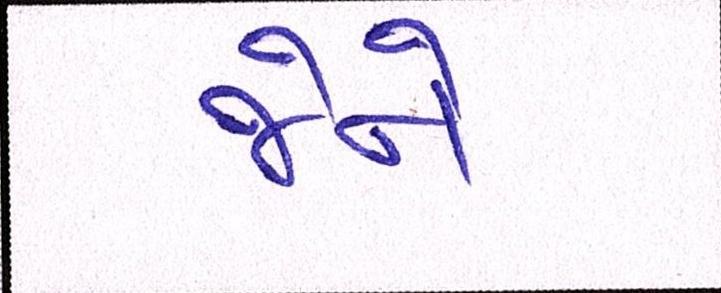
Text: જેને